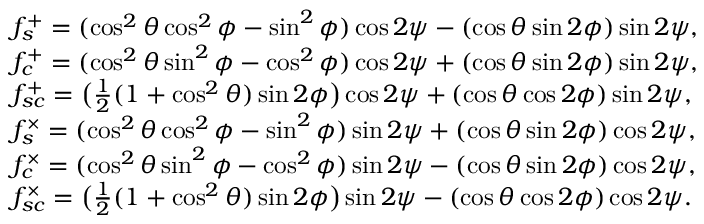
\begin{array} { l } { f _ { s } ^ { + } = ( \cos ^ { 2 } { \theta } \cos ^ { 2 } { \phi } - \sin ^ { 2 } { \phi } ) \cos { 2 \psi } - ( \cos { \theta } \sin { 2 \phi } ) \sin { 2 \psi } , } \\ { f _ { c } ^ { + } = ( \cos ^ { 2 } { \theta } \sin ^ { 2 } { \phi } - \cos ^ { 2 } { \phi } ) \cos { 2 \psi } + ( \cos { \theta } \sin { 2 \phi } ) \sin { 2 \psi } , } \\ { f _ { s c } ^ { + } = \bigl ( \frac { 1 } { 2 } ( 1 + \cos ^ { 2 } { \theta } ) \sin 2 { \phi } \bigr ) \cos { 2 \psi } + ( \cos { \theta } \cos { 2 \phi } ) \sin { 2 \psi } , } \\ { f _ { s } ^ { \times } = ( \cos ^ { 2 } { \theta } \cos ^ { 2 } { \phi } - \sin ^ { 2 } { \phi } ) \sin { 2 \psi } + ( \cos { \theta } \sin { 2 \phi } ) \cos { 2 \psi } , } \\ { f _ { c } ^ { \times } = ( \cos ^ { 2 } { \theta } \sin ^ { 2 } { \phi } - \cos ^ { 2 } { \phi } ) \sin { 2 \psi } - ( \cos { \theta } \sin { 2 \phi } ) \cos { 2 \psi } , } \\ { f _ { s c } ^ { \times } = \bigl ( \frac { 1 } { 2 } ( 1 + \cos ^ { 2 } { \theta } ) \sin 2 { \phi } \bigr ) \sin { 2 \psi } - ( \cos { \theta } \cos { 2 \phi } ) \cos { 2 \psi } . } \end{array}